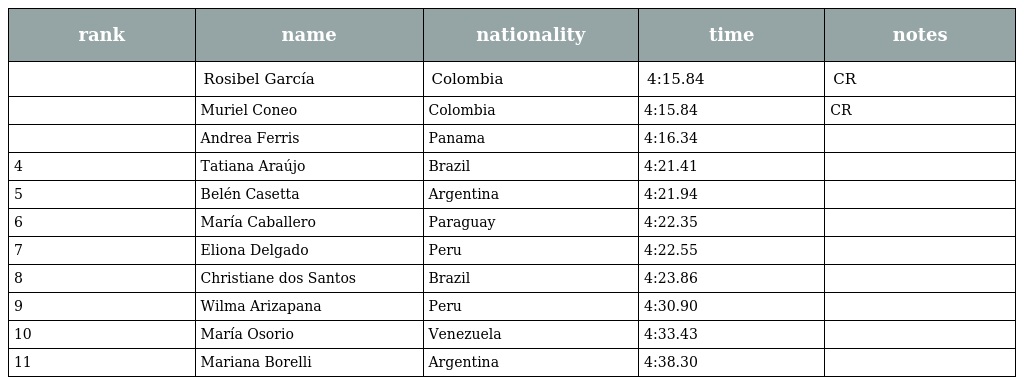
| rank | name | nationality | time | notes |
 | --- | --- | --- | --- | --- |
 |  | Rosibel García | Colombia | 4:15.84 | CR |
 |  | Muriel Coneo | Colombia | 4:15.84 | CR |
 |  | Andrea Ferris | Panama | 4:16.34 |  |
 | 4 | Tatiana Araújo | Brazil | 4:21.41 |  |
 | 5 | Belén Casetta | Argentina | 4:21.94 |  |
 | 6 | María Caballero | Paraguay | 4:22.35 |  |
 | 7 | Eliona Delgado | Peru | 4:22.55 |  |
 | 8 | Christiane dos Santos | Brazil | 4:23.86 |  |
 | 9 | Wilma Arizapana | Peru | 4:30.90 |  |
 | 10 | María Osorio | Venezuela | 4:33.43 |  |
 | 11 | Mariana Borelli | Argentina | 4:38.30 |  |